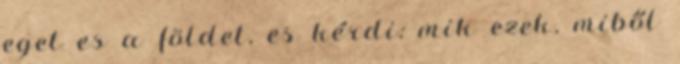
eget es a földet, es kérdi: mik ezek, miből